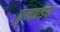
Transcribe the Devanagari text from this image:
फुलझड़ियां